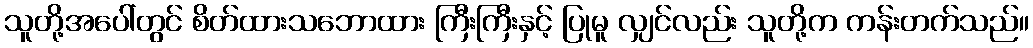
သူတို့အပေါ်တွင် စိတ်ထားသဘောထား ကြီးကြီးနှင့် ပြုမူ လျှင်လည်း သူတို့က ကန်းတက်သည်။